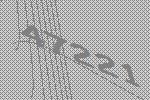
47221